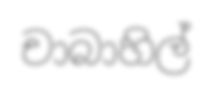
චාබාහිල්